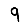
Digit: 9